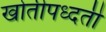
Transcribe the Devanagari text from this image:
खोतीपध्दती